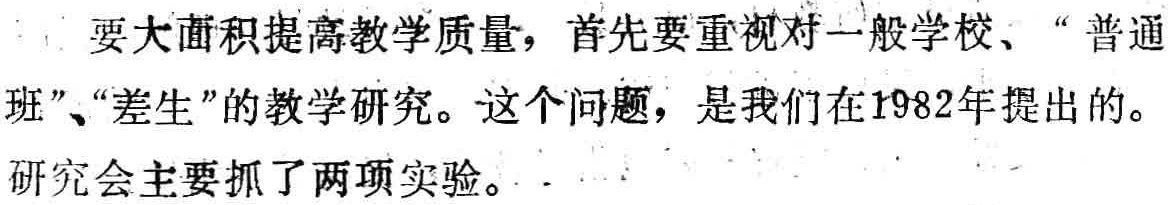
要大面积提高教学质量，首先要重视对一般学校、“普通班”、“差生”的教学研究。这个问题，是我们在1982年提出的。研究会主要抓了两项实验。